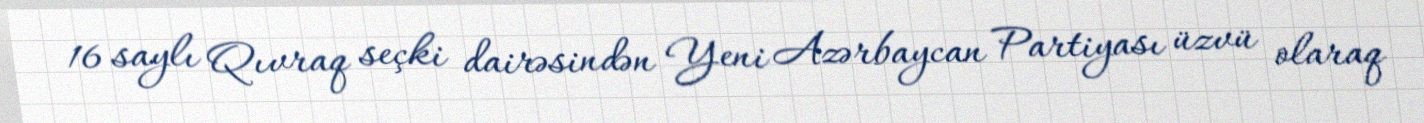
16 saylı Qıvraq seçki dairəsindən Yeni Azərbaycan Partiyası üzvü olaraq